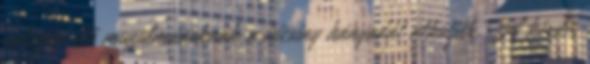
bolygón élő muzulmánoknak a kicsiny hányadát alkotják. A kérdés